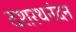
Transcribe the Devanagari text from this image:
दशरथनंदन